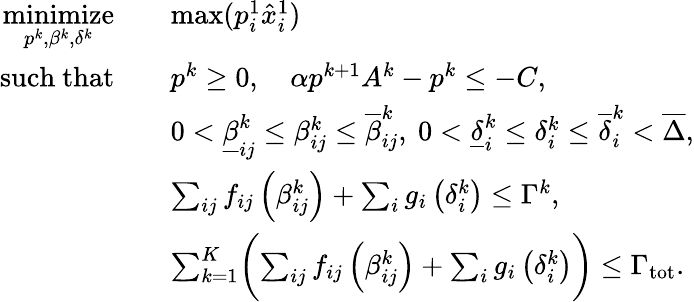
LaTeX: \begin{array}{rl}{\underset{p^{k},\beta^{k},\delta^{k}}{\mathrm{minimize}}}&{\quad\mathrm{max}(p_{i}^{1}\hat{x}_{i}^{1})}\\ {\mathrm{such~that}}&{\quad p^{k}\geq 0,\quad\alpha p^{k+1}A^{k}-p^{k}\leq-C,}\\ &{\quad 0<\underline{{\beta}}_{ij}^{k}\leq\beta_{ij}^{k}\leq\overline{{\beta}}_{ij}^{k},\ 0<\underline{{\delta}}_{i}^{k}\leq\delta_{i}^{k}\leq\overline{{\delta}}_{i}^{k}<\overline{{\Delta}},}\\ &{\quad\sum_{ij}f_{ij}\left(\beta_{ij}^{k}\right)+\sum_{i}g_{i}\left(\delta_{i}^{k}\right)\leq\Gamma^{k},}\\ &{\quad\sum_{k=1}^{K}\biggl(\sum_{ij}f_{ij}\left(\beta_{ij}^{k}\right)+\sum_{i}g_{i}\left(\delta_{i}^{k}\right)\biggr)\leq\Gamma_{\mathrm{tot}}.}\end{array}